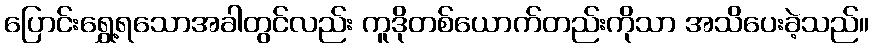
ပြောင်းရွှေ့ရသောအခါတွင်လည်း ကူဒိုတစ်ယောက်တည်းကိုသာ အသိပေးခဲ့သည်။